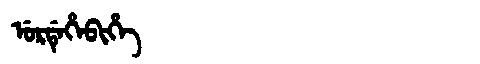
Manchu: ᡠᡵᡩᡝᡥᡝᠪᡳᡥᡝ
Romanization: URDEHEBIHE